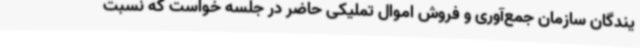
یندگان سازمان جمع‌آوری و فروش اموال تملیکی حاضر در جلسه خواست که نسبت